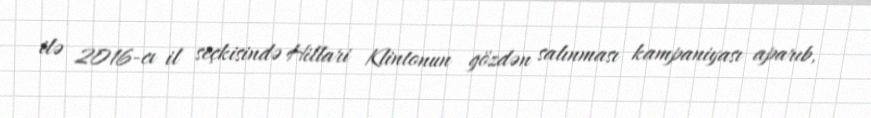
ilə 2016-cı il seçkisində Hillari Klintonun gözdən salınması kampaniyası aparıb,